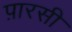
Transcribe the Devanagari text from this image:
प़ारसी